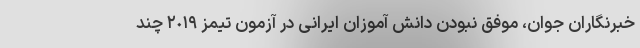
خبرنگاران جوان، موفق نبودن دانش آموزان ایرانی در آزمون تیمز ٢٠١٩ چند